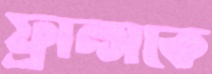
ফ্রান্সকে